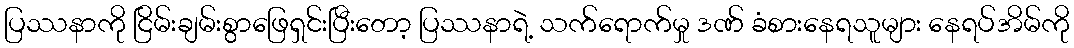
ပြဿနာကို ငြိမ်းချမ်းစွာဖြေရှင်းပြီးတော့ ပြဿနာရဲ့ သက်ရောက်မှု ဒဏ် ခံစားနေရသူများ နေရပ်အိမ်ကို